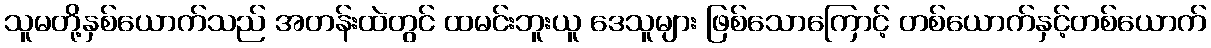
သူမတို့နှစ်ယောက်သည် အတန်းထဲတွင် ထမင်းဘူးယူ ဒေသူများ ဖြစ်သောကြောင့် တစ်ယောက်နှင့်တစ်ယောက်